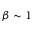
\beta \sim 1